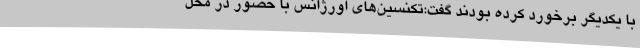
با یکدیگر برخورد کرده بودند گفت:تکنسین‌های اورژانس با حضور در محل